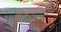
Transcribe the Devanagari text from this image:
वजनविरहित